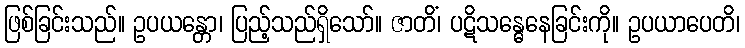
ဖြစ်ခြင်းသည်။ ဥပယန္တော၊ ပြည့်သည်ရှိသော်။ ဇာတိံ၊ ပဋိသန္ဓေနေခြင်းကို။ ဥပယာပေတိ၊